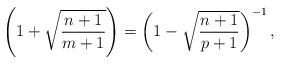
LaTeX: \begin{align*}\left(1+\sqrt{\frac{n+1}{m+1}}\right)=\left(1-\sqrt{\frac{n+1}{p+1}}\right)^{-1},\end{align*}